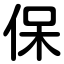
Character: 保